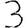
Digit: 3